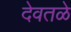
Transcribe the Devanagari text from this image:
देवतळे